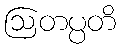
ဩတပ္ပတိ